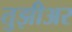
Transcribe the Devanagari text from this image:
तुझीअर